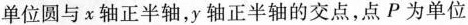
单位圆与x轴正半轴，y轴正半轴的交点，点P为单位